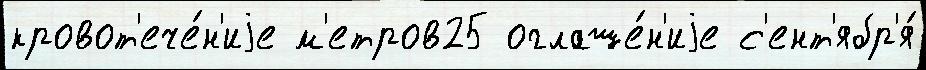
кровот'ече́н'иjе м'етров25 оглаше́н'иjе с'ент'ябр'я́